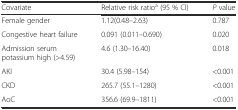
| Covariate | Relative risk ratioa (95 % CI) | P value |
 | --- | --- | --- |
 | Female gender | 1.12(0.48–2.63) | 0.787 |
 | Congestive heart failure | 0.091 (0.011–0.690) | 0.020 |
 | Admission serum potassium high (>4.59) | 4.6 (1.30–16.40) | 0.018 |
 | AKI | 30.4 (5.98–154) | <0.001 |
 | CKD | 265.7 (55.1–1280) | <0.001 |
 | AoC | 356.6 (69.9–1811) | <0.001 |